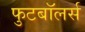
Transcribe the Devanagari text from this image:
फुटबॉलर्स